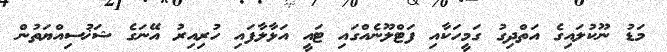
މަޑު ނޫކުލައިގެ އަތްދިގު ގަމީހަކާއި ފަޓްލޫނެއްގައި ޓައީ އަޅާލާފައި ހުރިއިރު އޭނަގެ ޝަޚުސިއްޔަތުން